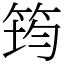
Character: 筠